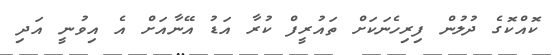
ކޮއްކޮގެ ދުލުން ފިރިހެނަކަށް ތައުރީފް ކުރާ އަޑު އޭނާއަށް އެ އިވުނީ އަދި